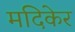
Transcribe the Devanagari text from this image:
मदिकेर